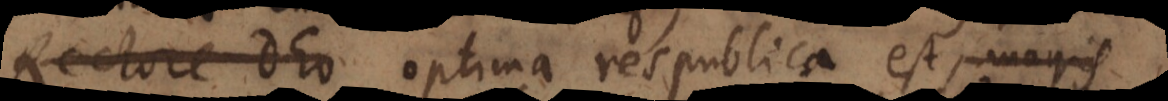
Rectore optima respublica est, magis